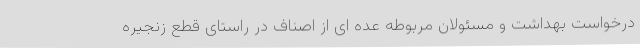
درخواست بهداشت و مسئولان مربوطه عده ای از اصناف در راستای قطع زنجیره